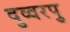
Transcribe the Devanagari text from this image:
दुव्वरपु